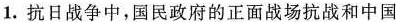
1.抗日战争中，国民政府的正面战场抗战和中国